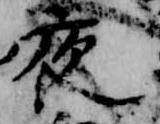
夜